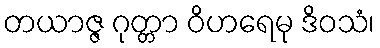
တယာဇ္ဇ ဂုတ္တာ ဝိဟရေမု ဒိဝသံ၊